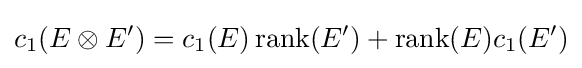
c_{1}(E\otimes E')=c_{1}(E)\operatorname {rank} (E')+\operatorname {rank} (E)c_{1}(E')